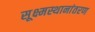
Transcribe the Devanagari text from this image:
सूक्ष्मस्थानांतरण